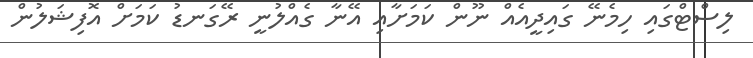
ލިސްޓްގައި ހިމެނޭ ގައިދީއެއް ނޫން ކަމަށާއި އޭނާ ގެއްލުނީ ރޭގަނޑު ކަމަށް އޮފިޝަލުން